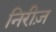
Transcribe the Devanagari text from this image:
निरीज़